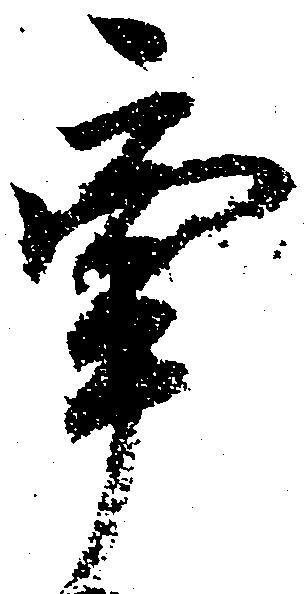
牽